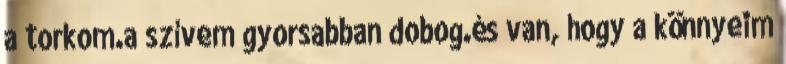
a torkom.a szívem gyorsabban dobog.és van, hogy a könnyeim